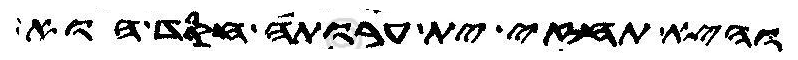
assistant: והיא תחזי ית ערותה חסד הוא